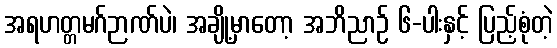
အရဟတ္တမဂ်ဉာဏ်ပဲ၊ အချို့မှာတော့ အဘိညာဉ် ၆-ပါးနှင့် ပြည့်စုံတဲ့